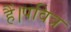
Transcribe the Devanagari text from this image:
हैं।पवित्र